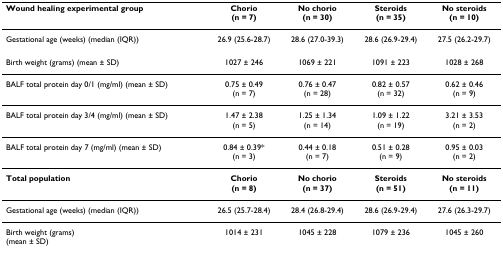
<table><thead><tr><td><b>Wound healing experimental group</b></td><td><b>Chorio(n = 7)</b></td><td><b>No chorio(n = 30)</b></td><td><b>Steroids(n = 35)</b></td><td><b>No steroids(n = 10)</b></td></tr></thead><tbody><tr><td>Gestational age (weeks) (median (IQR))</td><td>26.9 (25.6-28.7)</td><td>28.6 (27.0-39.3)</td><td>28.6 (26.9-29.4)</td><td>27.5 (26.2-29.7)</td></tr><tr><td>Birth weight (grams) (mean ± SD)</td><td>1027 ± 246</td><td>1069 ± 221</td><td>1091 ± 223</td><td>1028 ± 268</td></tr><tr><td>BALF total protein day 0/1 (mg/ml) (mean ± SD)</td><td>0.75 ± 0.49(n = 7)</td><td>0.76 ± 0.47(n = 28)</td><td>0.82 ± 0.57(n = 32)</td><td>0.62 ± 0.46(n = 9)</td></tr><tr><td>BALF total protein day 3/4 (mg/ml) (mean ± SD)</td><td>1.47 ± 2.38(n = 5)</td><td>1.25 ± 1.34(n = 14)</td><td>1.09 ± 1.22(n = 19)</td><td>3.21 ± 3.53(n = 2)</td></tr><tr><td>BALF total protein day 7 (mg/ml) (mean ± SD)</td><td>0.84 ± 0.39*(n = 3)</td><td>0.44 ± 0.18(n = 7)</td><td>0.51 ± 0.28(n = 9)</td><td>0.95 ± 0.03(n = 2)</td></tr><tr><td><b>Total population</b></td><td><b>Chorio</b><b>(n = 8)</b></td><td><b>No chorio</b><b>(n = 37)</b></td><td><b>Steroids</b><b>(n = 51)</b></td><td><b>No steroids</b><b>(n = 11)</b></td></tr><tr><td>Gestational age (weeks) (median (IQR))</td><td>26.5 (25.7-28.4)</td><td>28.4 (26.8-29.4)</td><td>28.6 (26.9-29.4)</td><td>27.6 (26.3-29.7)</td></tr><tr><td>Birth weight (grams)(mean ± SD)</td><td>1014 ± 231</td><td>1045 ± 228</td><td>1079 ± 236</td><td>1045 ± 260</td></tr></tbody></table>